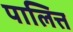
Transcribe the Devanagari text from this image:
पालित्त